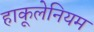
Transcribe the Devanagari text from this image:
हाकूलेनियम